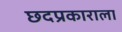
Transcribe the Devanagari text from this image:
छदप्रकाराला